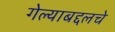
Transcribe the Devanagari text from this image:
गेल्याबद्दलचे